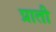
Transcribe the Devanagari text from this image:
प्राती